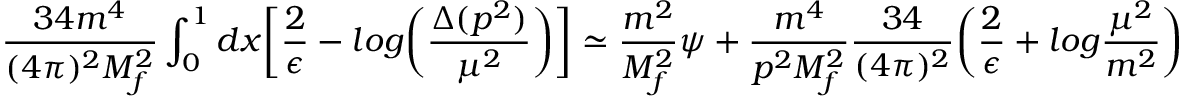
\frac { 3 4 m ^ { 4 } } { ( 4 \pi ) ^ { 2 } M _ { f } ^ { 2 } } \int _ { 0 } ^ { 1 } d x \biggl [ \frac { 2 } { \epsilon } - l o g \biggl ( \frac { \Delta ( p ^ { 2 } ) } { \mu ^ { 2 } } \biggr ) \biggr ] \simeq \frac { m ^ { 2 } } { M _ { f } ^ { 2 } } \psi + \frac { m ^ { 4 } } { p ^ { 2 } M _ { f } ^ { 2 } } \frac { 3 4 } { ( 4 \pi ) ^ { 2 } } \biggr ( \frac { 2 } { \epsilon } + l o g \frac { \mu ^ { 2 } } { m ^ { 2 } } \biggl )